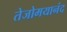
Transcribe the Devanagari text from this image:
तेजोमयानंद